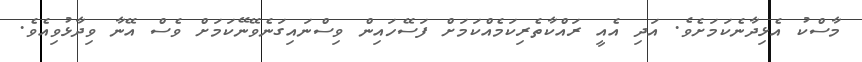
މާސްކު އެޅިދާނެކަމަށެވެ. އަދި އެއީ ރައްކާތެރިކަމެއްކަމަށް ފަސޭހައިން ވިސްނައިގަނެވޭނޭކަމަށް ވެސް އޭނާ ވިދާޅުވިއެވެ.